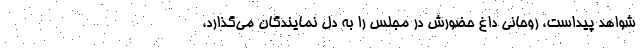
شواهد پیداست، روحانی داغ حضورش در مجلس را به دل نمایندگان می‌گذارد،